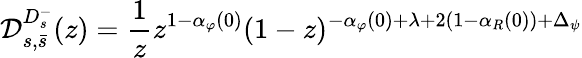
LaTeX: {\cal D}_{s,\bar{s}}^{D_{s}^{-}}(z)=\frac{1}{z}z^{1-\alpha_{\varphi}(0)}(1-z)^{-\alpha_{\varphi}(0)+\lambda+2(1-\alpha_{R}(0))+\Delta_{\psi}}